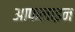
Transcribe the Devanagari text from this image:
आफलाइन